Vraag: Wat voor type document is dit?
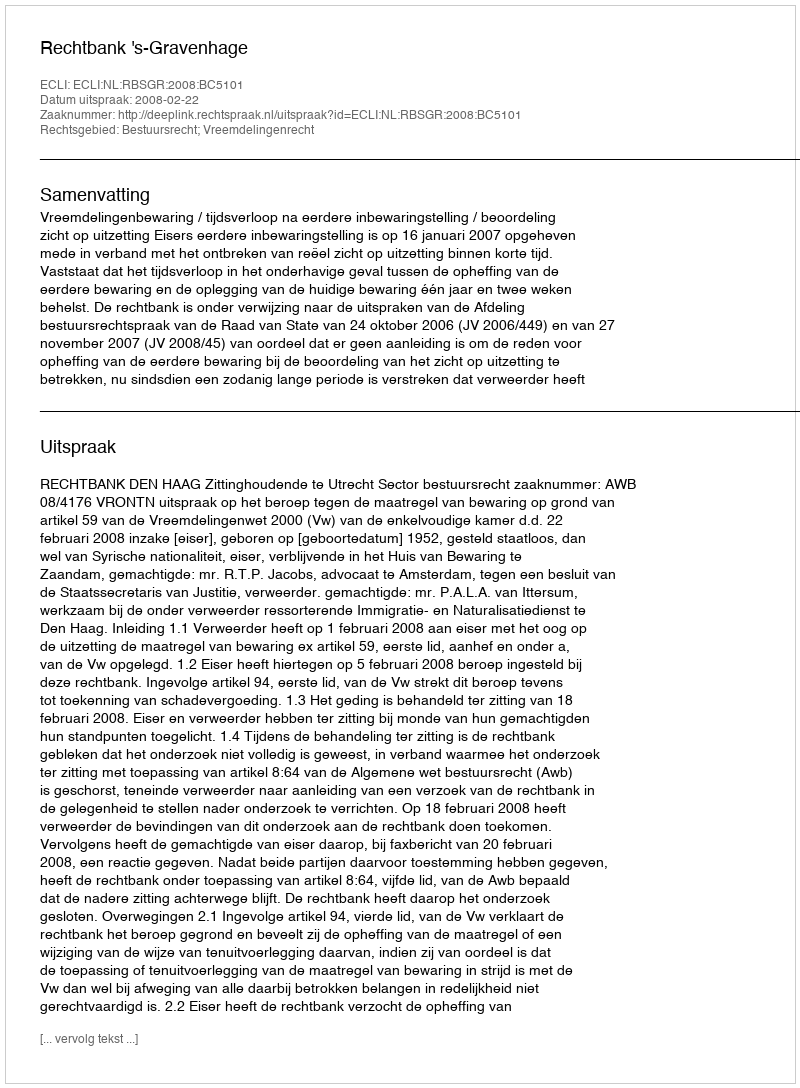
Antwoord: Uitspraak